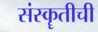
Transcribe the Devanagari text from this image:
संस्कॄतीची